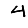
Digit: 4